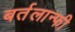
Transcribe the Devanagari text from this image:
बर्तलान्फी